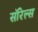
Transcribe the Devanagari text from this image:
सॉरेल्स